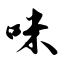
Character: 咪